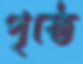
পৃষ্ঠে